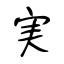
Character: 実